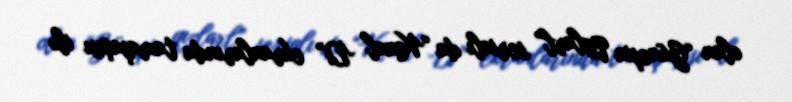
olan “Güneşin qızlarl” serialı da “Kanal D” ekranlarında tamaşaçısı ilə